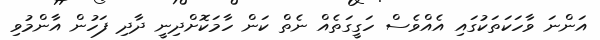
އަންނަ ވާހަކަތަކުގައި އެއްވެސް ހަގީގަތެއް ނެތް ކަން ހާމަކޮށްދިނީ ދާދި ފަހުން އާންމުވި